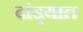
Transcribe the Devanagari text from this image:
दांड्यात